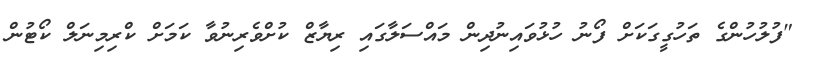
"ފުލުހުންގެ ތަހުގީގަކަށް ފޯނު ހުޅުވައިނުދިން މައްސަލާގައި ރިޔާޒް ކުށްވެރިނުވާ ކަމަށް ކްރިމިނަލް ކޯޓުން